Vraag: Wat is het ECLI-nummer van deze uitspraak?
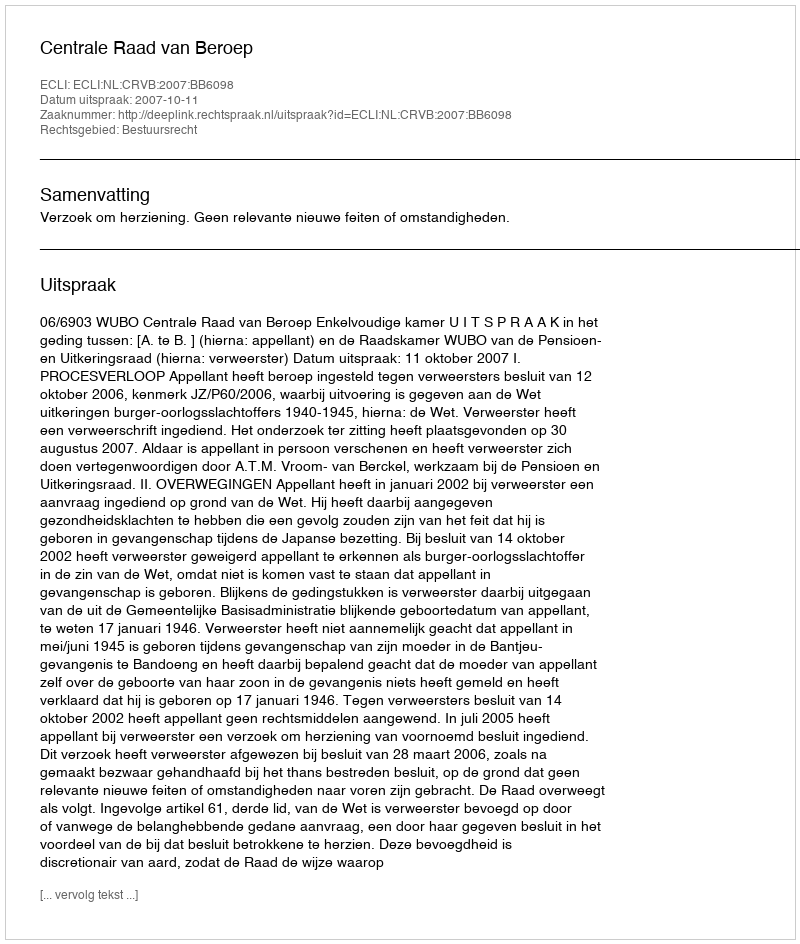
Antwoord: ECLI:NL:CRVB:2007:BB6098